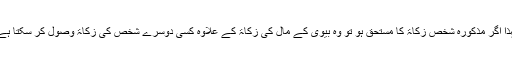
لہذا اگر مذکورہ شخص زکاۃ کا مستحق ہو تو وہ بیوی کے مال کی زکاۃ کے علاوہ کسی دوسرے شخص کی زکاۃ وصول کر سکتا ہے۔